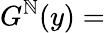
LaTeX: {G}^{\mathbb{N}}(y)=